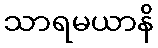
သာရမယာနိ